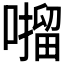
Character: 𫫶